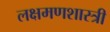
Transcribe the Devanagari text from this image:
लक्षमणशास्त्री